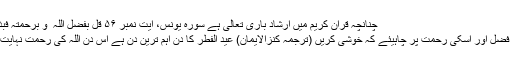
چنانچہ قرآن کریم میں ارشاد باری تعالیٰ ہے سورہ یونس، آیت نمبر ۵۶ قُلْ بِفَضّلِ اللّٰہ ِ وَ بِرَحْمَتِہٖ فَبِذٰ لِکَ فَلْیَفْرَحُوْ ترجمہ:
تم فرمائو اللہ ہی کے فضل اور اسکی رحمت پر چاہیئے کہ خوشی کریں (ترجمہ کنزالایمان) عید الفطر کا دن اہم ترین دن ہے اس دن اللہ کی رحمت نہایت جوش میں ہوتی ہے۔